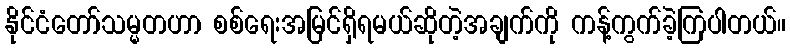
နိုင်ငံတော်သမ္မတဟာ စစ်ရေးအမြင်ရှိရမယ်ဆိုတဲ့အချက်ကို ကန့်ကွက်ခဲ့ကြပါတယ်။